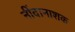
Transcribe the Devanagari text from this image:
नींदानाशक